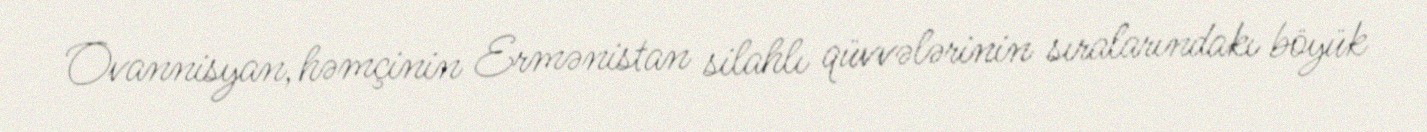
Ovannisyan, həmçinin Ermənistan silahlı qüvvələrinin sıralarındakı böyük